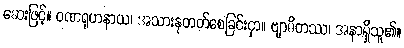
ဆေးဖြင့်။ ဝဏရုဟနာယ၊ အသားနုတတ်စေခြင်းငှာ။ ဗျာဓိတဿ၊ အနာရှိသူ၏။